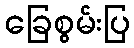
ခြေစွမ်းပြ